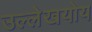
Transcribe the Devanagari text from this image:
उल्लेखयोय